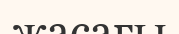
жасағы